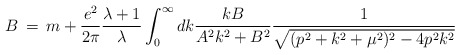
\begin{align*}B\,=\, m + \frac{e^2}{2\pi}\frac{\lambda + 1}{\lambda} \int^{\infty}_0 dk\frac{kB}{A^2 k^2 + B^2}\frac{1}{\sqrt{(p^2+k^2+\mu^2)^2-4p^2 k^2}}\end{align*}